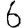
Digit: 6